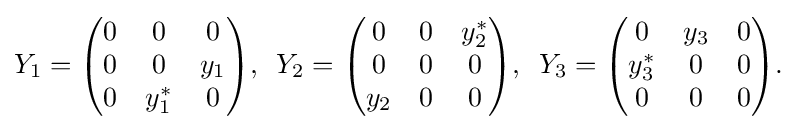
\displaystyle {Y_{1}={\begin{pmatrix}0&0&0\\0&0&y_{1}\\0&y_{1}^{*}&0\end{pmatrix}},\,\,\,Y_{2}={\begin{pmatrix}0&0&y_{2}^{*}\\0&0&0\\y_{2}&0&0\end{pmatrix}},\,\,\,Y_{3}={\begin{pmatrix}0&y_{3}&0\\y_{3}^{*}&0&0\\0&0&0\end{pmatrix}}.}